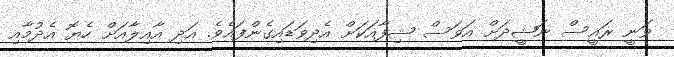
ވަނީ ރައީސް ނަޝީދަށް އަވަސް ޝިފާއަކަށް އެދިވަޑައިގެންފައެވެ. އަދި އާއިލާއަށް ހެޔޮ އެދުމާއި